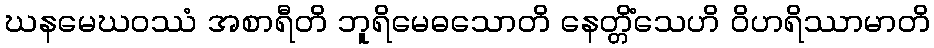
ဃနမေဃဝဿံ အစာရီတိ ဘူရိမေဓသောတိ နေတ္တိံသေဟိ ဝိဟရိဿာမာတိ